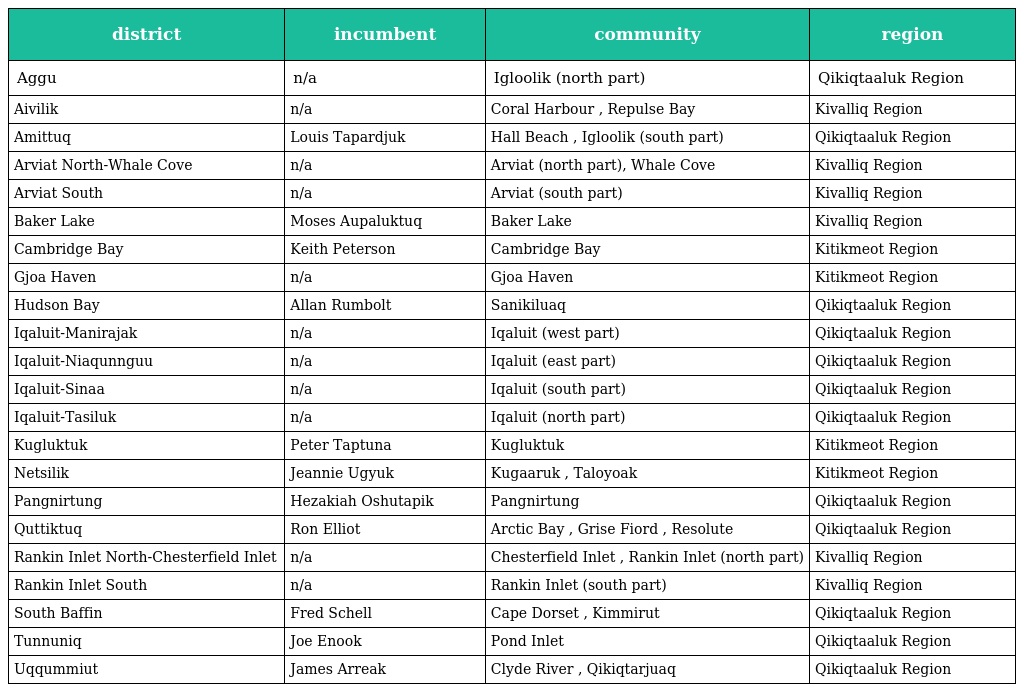
| district | incumbent | community | region |
 | --- | --- | --- | --- |
 | Aggu | n/a | Igloolik (north part) | Qikiqtaaluk Region |
 | Aivilik | n/a | Coral Harbour , Repulse Bay | Kivalliq Region |
 | Amittuq | Louis Tapardjuk | Hall Beach , Igloolik (south part) | Qikiqtaaluk Region |
 | Arviat North-Whale Cove | n/a | Arviat (north part), Whale Cove | Kivalliq Region |
 | Arviat South | n/a | Arviat (south part) | Kivalliq Region |
 | Baker Lake | Moses Aupaluktuq | Baker Lake | Kivalliq Region |
 | Cambridge Bay | Keith Peterson | Cambridge Bay | Kitikmeot Region |
 | Gjoa Haven | n/a | Gjoa Haven | Kitikmeot Region |
 | Hudson Bay | Allan Rumbolt | Sanikiluaq | Qikiqtaaluk Region |
 | Iqaluit-Manirajak | n/a | Iqaluit (west part) | Qikiqtaaluk Region |
 | Iqaluit-Niaqunnguu | n/a | Iqaluit (east part) | Qikiqtaaluk Region |
 | Iqaluit-Sinaa | n/a | Iqaluit (south part) | Qikiqtaaluk Region |
 | Iqaluit-Tasiluk | n/a | Iqaluit (north part) | Qikiqtaaluk Region |
 | Kugluktuk | Peter Taptuna | Kugluktuk | Kitikmeot Region |
 | Netsilik | Jeannie Ugyuk | Kugaaruk , Taloyoak | Kitikmeot Region |
 | Pangnirtung | Hezakiah Oshutapik | Pangnirtung | Qikiqtaaluk Region |
 | Quttiktuq | Ron Elliot | Arctic Bay , Grise Fiord , Resolute | Qikiqtaaluk Region |
 | Rankin Inlet North-Chesterfield Inlet | n/a | Chesterfield Inlet , Rankin Inlet (north part) | Kivalliq Region |
 | Rankin Inlet South | n/a | Rankin Inlet (south part) | Kivalliq Region |
 | South Baffin | Fred Schell | Cape Dorset , Kimmirut | Qikiqtaaluk Region |
 | Tunnuniq | Joe Enook | Pond Inlet | Qikiqtaaluk Region |
 | Uqqummiut | James Arreak | Clyde River , Qikiqtarjuaq | Qikiqtaaluk Region |